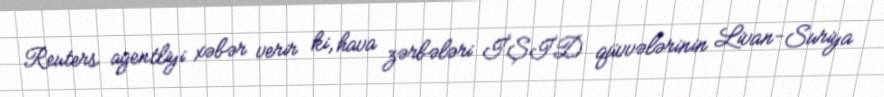
Reuters agentliyi xəbər verir ki, hava zərbələri İŞİD qüvvələrinin Livan-Suriya